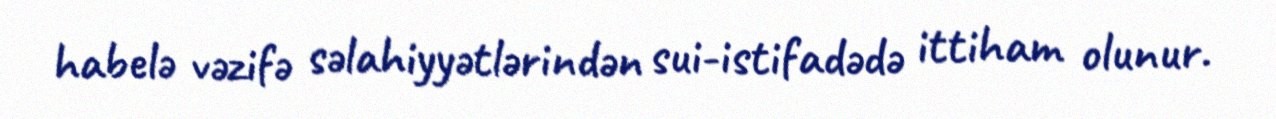
habelə vəzifə səlahiyyətlərindən sui-istifadədə ittiham olunur.